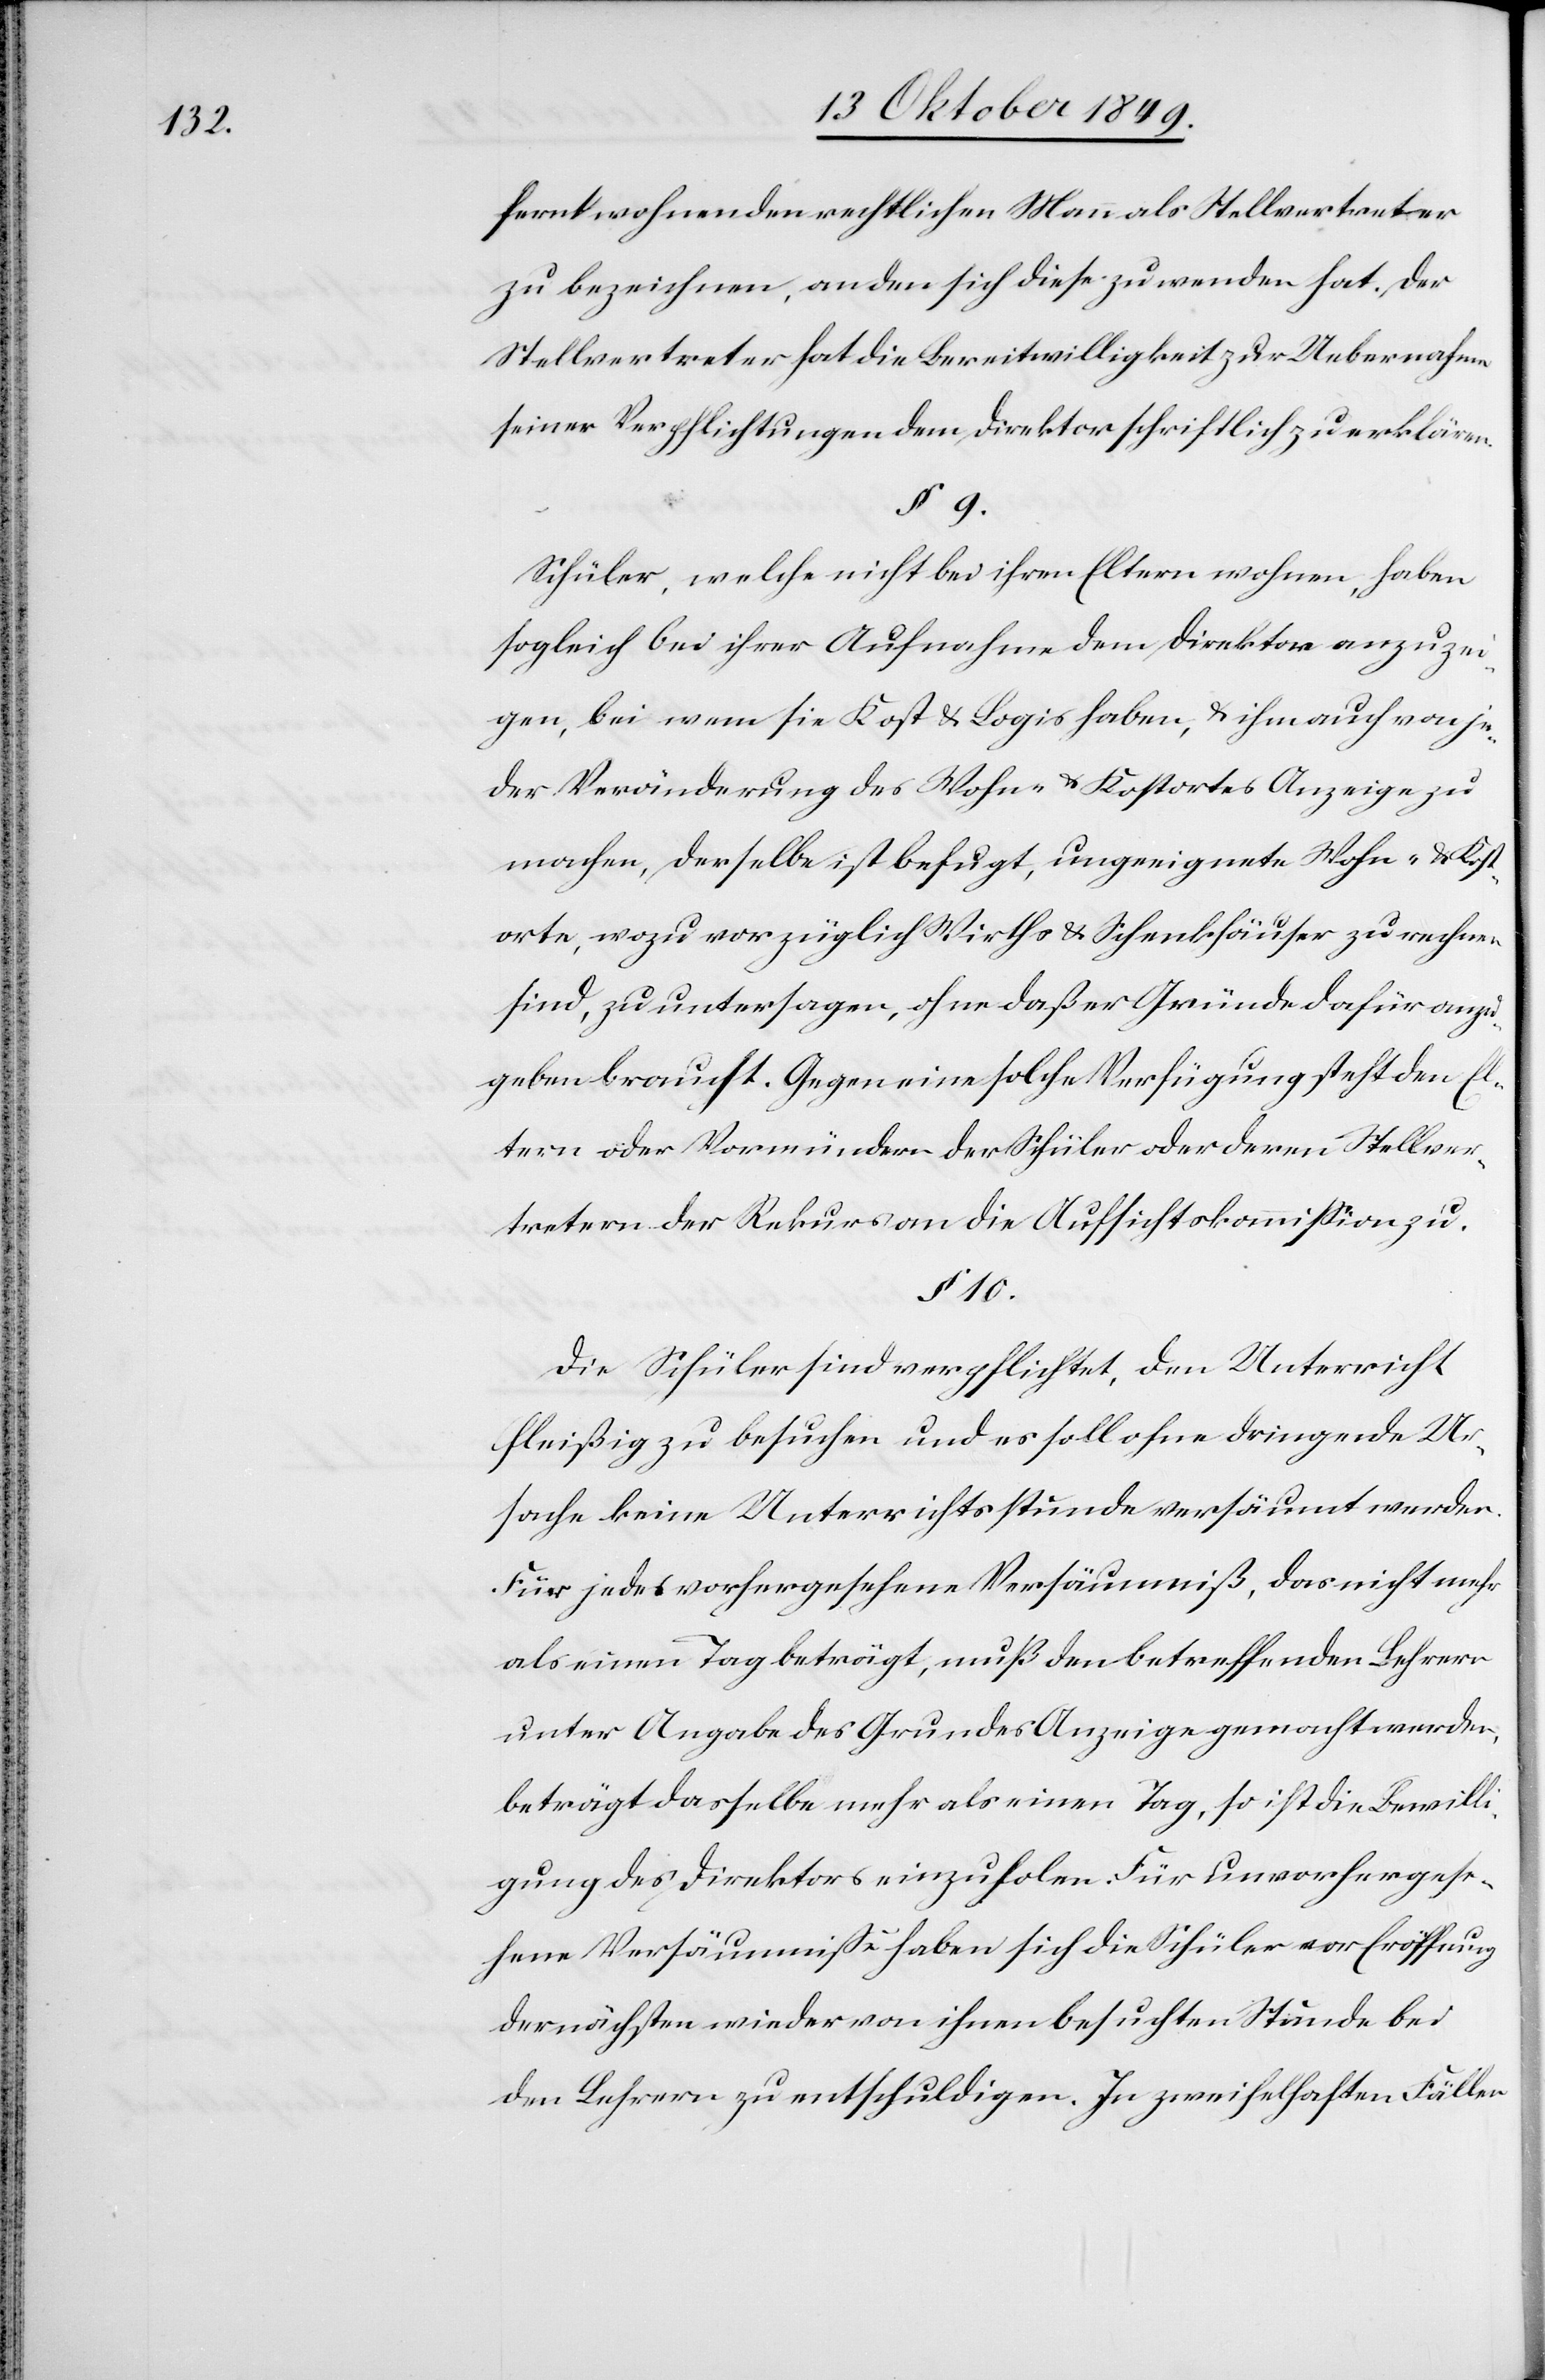
fernt wohnenden rechtlichen Mann als Stellvertreter
zu bezeichnen, an den sich diese zu wenden hat. Der
Stellenvertreter hat die Bereitwilligkeit zur Uebernahme
seiner Verpflichtungen an den Direktor schriftlich zu erklären.
§. 9.
Schüler, welche nicht bei ihren Eltern wohnen, haben
sogleich bei ihrer Aufnahme dem Direktor anzuzei¬
gen, bei wem sie Kost u. Logis haben, u. ihm auch von je¬
der Veränderung des Wohn- u. Kostortes Anzeige zu
machen, derselbe ist befugt, ungeeignete Wohn- u. Kost¬
orte, wozu vorzüglich Wirths- u. Schenkhäuser zu rechnen
sind, zu untersagen, ohne daß er Gründe dafür anzu¬
geben braucht. Gegen eine solche Verfügung steht den El¬
tern oder Vormündern der Schüler oder deren Stellver¬
treter der Rekurs an die Aufsichtskommißion zu.
§ 10.
Die Schüler sind verpflichtet, den Unterricht
fleißig zu besuchen und es soll ohne dringende Ur¬
sache keine Unterrichtsstunde versäumt werden.
Für jedes vorgesehene Versäumniß, das nicht mehr
als einen Tag beträgt, muß den betreffenden Lehrern
unter Angabe des Grundes Anzeige gemacht werden,
beträgt dasselbe mehr als einen Tag, so ist die Bewilli¬
gung des Direktors einzuholen. Für unvorhergese¬
hene Versäumniße haben sich die Schüler vor Eröffnung
der nächsten wieder von ihnen besuchten Stunde bei
den Lehrern zu entschuldigen. In zweifelhaften Fällen